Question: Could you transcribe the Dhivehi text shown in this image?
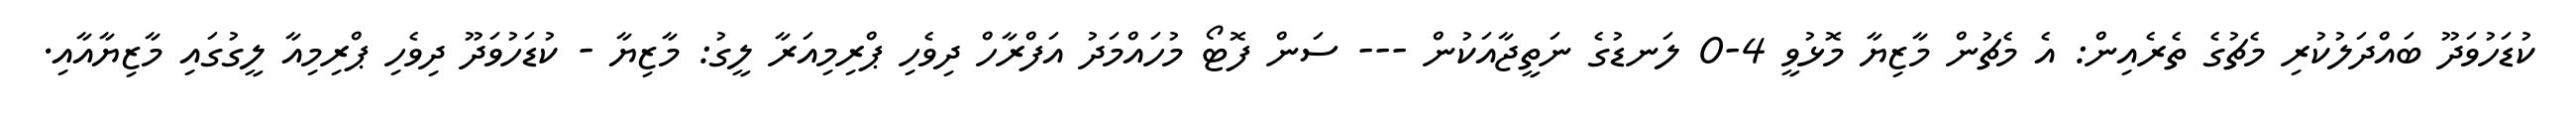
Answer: ކުޑަހުވަދޫ ބައްދަލުކުރި މެޗުގެ ތެރެއިން: އެ މެޗުން މާޒިޔާ މޮޅުވީ 4-0 ލަނޑުގެ ނަތީޖާއަކުން --- ސަން ފޮޓޯ މުހައްމަދު އަފްރާހް ދިވެހި ޕްރިމިއަރާ ލީގު: މާޒިޔާ - ކުޑަހުވަދޫ ދިވެހި ޕްރިމިއާ ލީގުގައި މާޒިޔާއާއި.